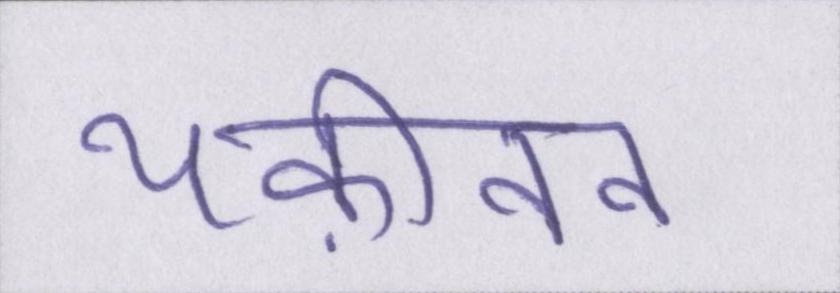
यक़ीनन